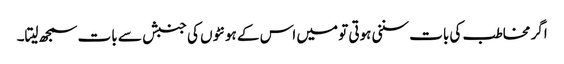
اگر مخاطب کی بات سننی ہوتی تو میں اس کے ہونٹوں کی جنبش سے بات سمجھ لیتا۔